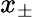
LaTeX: x_{\pm}